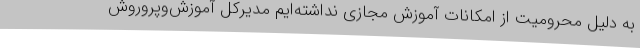
به دلیل محرومیت از امکانات آموزش مجازی نداشته‌ایم مدیرکل آموزش‌وپروروش